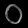
Digit: ၀